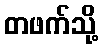
တဖက်သို့